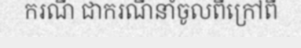
ករណី ជាករណីនាំចូលពីក្រៅពី